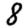
Digit: 8